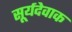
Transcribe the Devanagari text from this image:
सूर्यदेवाक